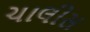
ચાલીસ